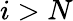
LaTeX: i>N